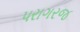
પરાગરજ